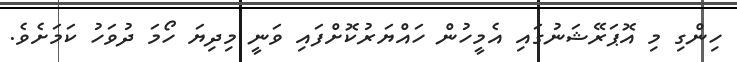
ހިންގި މި އޮޕަރޭޝަނުގައި އެމީހުން ހައްޔަރުކޮށްފައި ވަނީ މިދިޔަ ހޯމަ ދުވަހު ކަމަށެވެ.